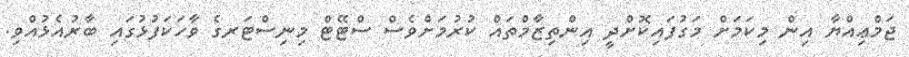
ޖަމްޢިއްޔާ އިން މިކަމަށް މަގުފައިކޮށްދީ އިންތިޒާމްތައް ކުރުމަށްވެސް ސްޓޭޓް މިނިސްޓަރގެ ވާހަކަފުޅުގައި ބާރުއެޅުއްވި.